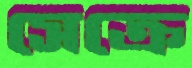
সেক্রে